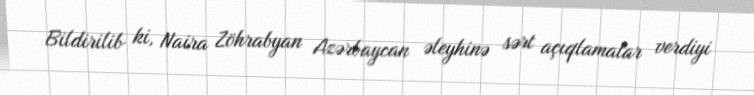
Bildirilib ki, Naira Zöhrabyan Azərbaycan əleyhinə sərt açıqlamalar verdiyi